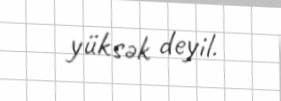
yüksək deyil.